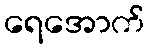
ရေအောက်